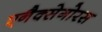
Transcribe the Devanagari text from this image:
एनैक्सेगोरस